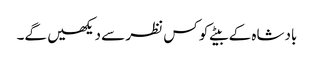
بادشاہ کے بیٹے کو کس نظر سے دیکھیں گے۔